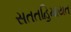
સતતહિમાયત